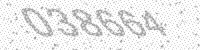
Solution: 038664